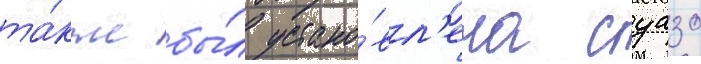
та́кже бы́л устано́вл'ена суазо